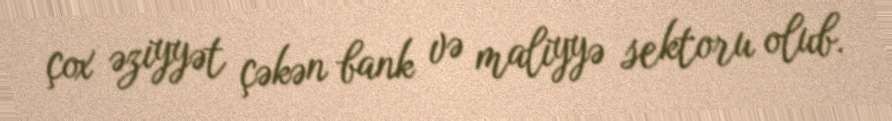
çox əziyyət çəkən bank və maliyyə sektoru olub.